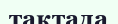
тақтада